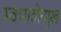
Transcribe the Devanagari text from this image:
स्वभावोन्मुख